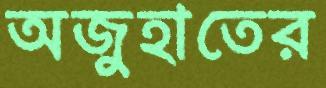
অজুহাতের